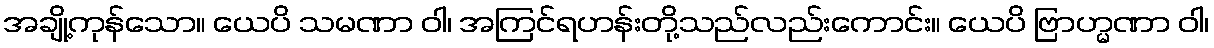
အချို့ကုန်သော။ ယေပိ သမဏာ ဝါ၊ အကြင်ရဟန်းတို့သည်လည်းကောင်း။ ယေပိ ဗြာဟ္မဏာ ဝါ၊